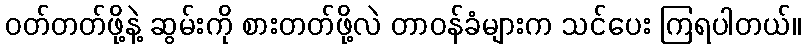
ဝတ်တတ်ဖို့နဲ့ ဆွမ်းကို စားတတ်ဖို့လဲ တာဝန်ခံများက သင်ပေး ကြရပါတယ်။